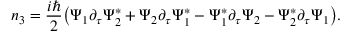
n _ { 3 } = { \frac { i \hbar } { 2 } } { \left( \Psi _ { 1 } \partial _ { \tau } \Psi _ { 2 } ^ { \ast } + \Psi _ { 2 } \partial _ { \tau } \Psi _ { 1 } ^ { \ast } - \Psi _ { 1 } ^ { \ast } \partial _ { \tau } \Psi _ { 2 } - \Psi _ { 2 } ^ { \ast } \partial _ { \tau } \Psi _ { 1 } \right) } .